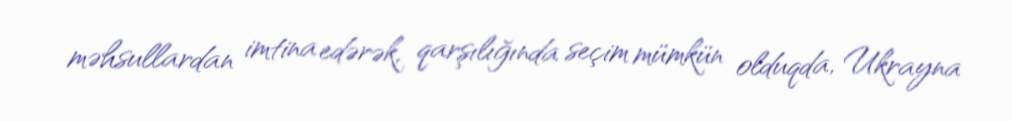
məhsullardan imtina edərək, qarşılığında seçim mümkün olduqda, Ukrayna